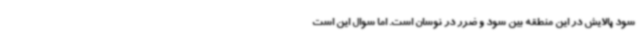
سود پالایش در این منطقه بین سود و ضرر در نوسان است. اما سوال این است